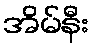
အိမ်နီး